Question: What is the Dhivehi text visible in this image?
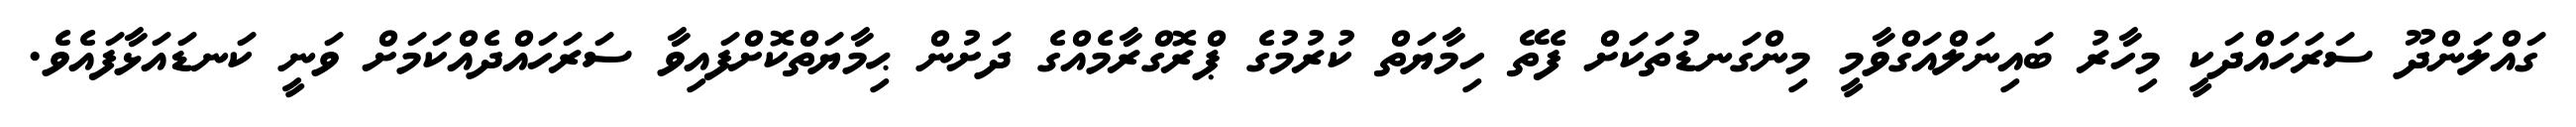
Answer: ގައްލަންދޫ ސަރަހައްދަކީ މިހާރު ބައިނަލްއަގްވާމީ މިންގަނޑުތަކަށް ފެތޭ ހިމާޔަތް ކުރުމުގެ ޕްރޮގްރާމެއްގެ ދަށުން ޙިމާޔަތްކޮށްފައިވާ ސަރަހައްދެއްކަމަށް ވަނީ ކަނޑައަޅާފައެވެ.